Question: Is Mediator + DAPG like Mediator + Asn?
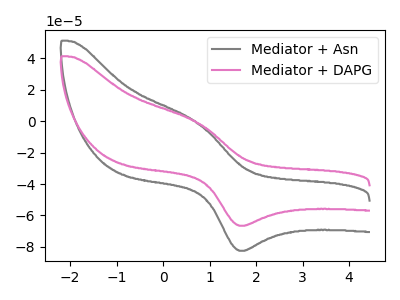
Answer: <think>The gray curve "Mediator + Asn" has an anodic peak at (0.70V, -0.60uA) and a cathodic peak at (1.70V, -82.45uA). The pink curve "Mediator + DAPG" has an anodic peak at (0.70V, -0.50uA) and a cathodic peak at (1.70V, -66.55uA).
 All the peaks in "Mediator + DAPG" have a peak in "Mediator + Asn" at the same potential.</think>
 <answer>"Mediator + DAPG" and "Mediator + Asn" are similar in shape.</answer>
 <eval>same_shape</eval>